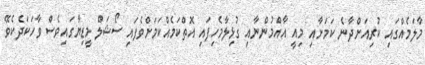
މާލަމެއްގައި ކުރިއަށްދާނެ ކަމަށާއި މިއީ އާއްމުންނާއި ގުޅިލާމެހިފައި އޮތްކަމެއްކަމަށްވެފައި ސޯޝަލް މީޑިޔާގައިވެސް ވާހަކަދެކެވޭ